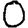
Digit: 0